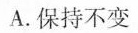
A. 保持不变